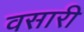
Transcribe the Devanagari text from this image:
वसारी